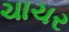
ચાચર